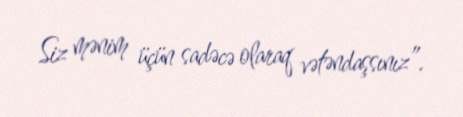
Siz mənim üçün sadəcə olaraq vətəndaşsınız”.